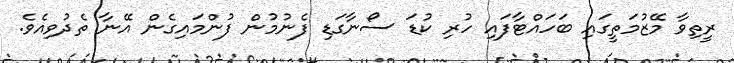
ރީތިވާ މޭޒުމަތީގައި ބަހައްޓާފައި ހުރި ކުޑަ ސޯނާގަޑި ފެނުމުން ފުންމައިގެން އޭނާ ތެދުވިއެވެ.